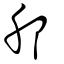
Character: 䢴